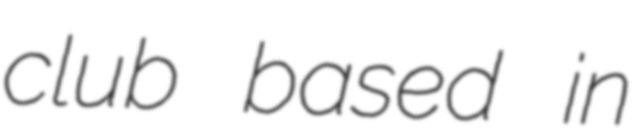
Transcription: club based in